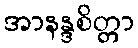
အာနန္ဒစိတ္တာ